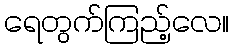
ရေတွက်ကြည့်လေ။